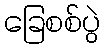
ခြေစစ်ပွဲ